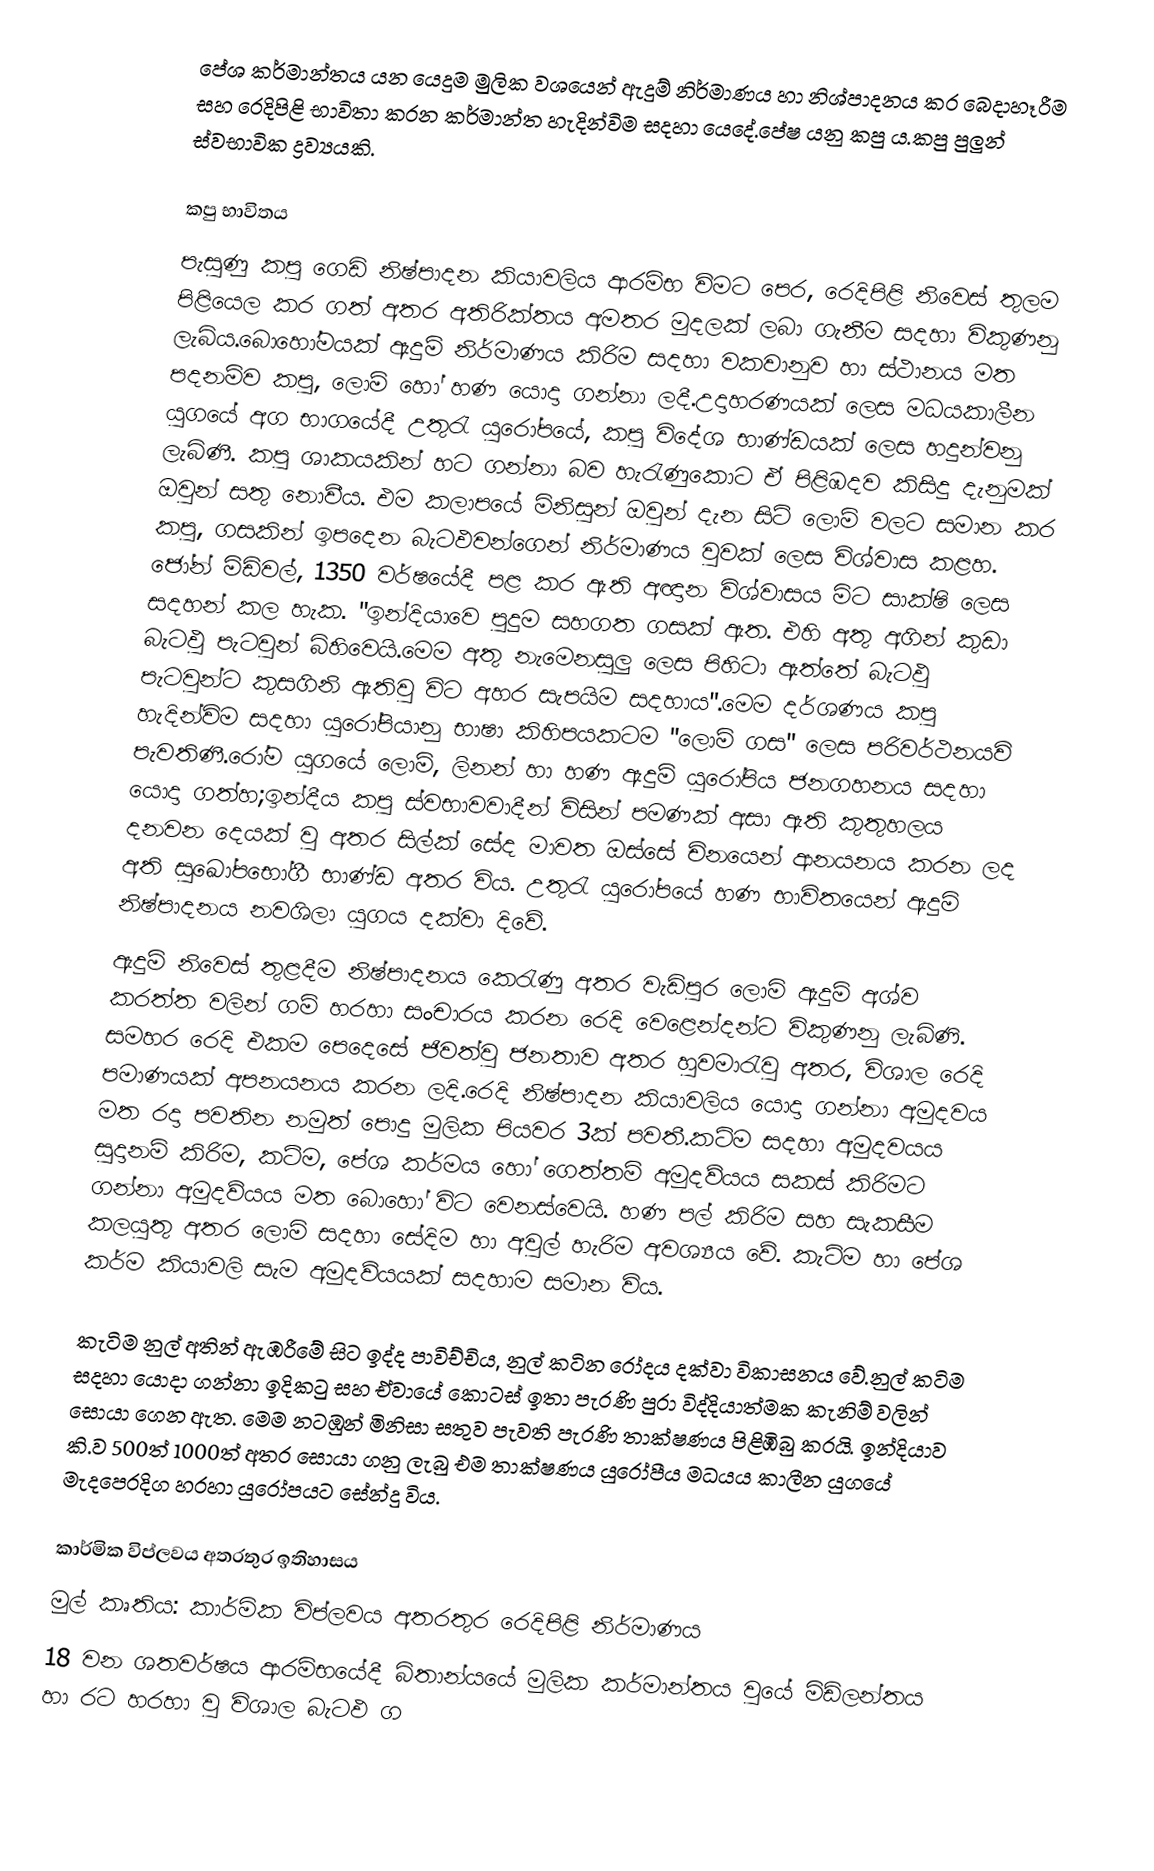
පේශ කර්මාන්තය යන යෙදුම මුලික වශයෙන් ඇදුම් නිර්මාණය හා නිශ්පාදනය කර බෙදාහෑරීම සහ රෙදිපිළි භාවිතා කරන කර්මාන්ත හැදින්විම සදහා යෙදේ.පේෂ යනු කපු ය.කපු පුලුන් ස්වභාවික ද්‍රව්‍යයකි.

කපු භාවිතය
පැසුණු කපු ගෙඩි නිෂ්පාදන කියාවලිය ආරම්භ විමට පෙර, රෙදිපිළි නිවෙස් තුලම පිළියෙල කර ගත් අතර අතිරික්තය අමතර මුදලක් ලබා ගැනීම සදහා විකුණනු ලැබිය.බොහෝමයක් ඇදුම් නිර්මාණය කිරිම සදහා වකවානුව හා ස්ථානය මත පදනම්ව කපු, ලොම් හෝ හණ යොදා ගන්නා ලදී.උදාහරණයක් ලෙස මධයකාලීන යුගයේ අග භාගයේදී උතුරැ යුරෝපයේ, කපු විදේශ භාණ්ඩයක් ලෙස හදුන්වනු ලැබිණී. කපු ශාකයකින් හට ගන්නා බව හැරැණුකොට ඒ පිළිඹදව කිසිදු දැනුමක් ඔවුන් සතු නොවීය. එම කලාපයේ මිනිසුන් ඔවුන් දැන සිටි ලොම් වලට සමාන කර කපු, ගසකින් ඉපදෙන බැටඵවන්ගෙන් නිර්මාණය වුවක් ලෙස විශ්වාස කළහ. ජෝන් මිඩිවල්, 1350 වර්ෂයේදී පළ කර ඇති අඥාන විශ්වාසය මිට සාක්ෂි ලෙස සදහන් කල හැක. "ඉන්දියාවෙ පුදුම සහගත ගසක් ඇත. එහි අතු අගින් කුඩා බැටඵු පැටවුන් බිහිවෙයි.මෙම අතු නැමෙනසුලු ලෙස පිහිටා ඇත්තේ බැටඵු පැටවුන්ට කුසගිනි ඇතිවු විට අහර සැපයිම සදහාය".මෙම දර්ශණය කපු හැදින්විම සදහා යුරෝපියානු භාෂා කිහිපයකටම "ලොම් ගස" ලෙස පරිවර්ථනයවි පැවතිණී.රෝම යුගයේ ලොම්, ලිනන් හා හණ ඇදුම් යුරෝපිය ජනගහනය සදහා යොදා ගත්හ;ඉන්දීය කපු ස්වභාවවාදීන් විසින් පමණක් අසා ඇති කුතුහලය දනවන දෙයක් වු අතර සිල්ක් සේද මාවත ඔස්සේ චිනයෙන් ආනයනය කරන ලද අති සුඛෝපභෝගී භාණ්ඩ අතර විය. උතුරැ යුරෝපයේ හණ භාවිතයෙන් ඇදුමි නිෂ්පාදනය නවශිලා යුගය දක්වා දිවේ.
ඇදුම් නිවෙස් තුළදීම නිෂ්පාදනය කෙරැණු අතර වැඩිපුර ලොමි ඇදුම් අශ්ව කරත්ත වලින් ගම් හරහා සංචාරය කරන රෙදි වෙළෙන්දන්ට විකුණනු ලැබිණි. සමහර රෙදි එකම පෙදෙසේ ජිවත්වු ජනතාව අතර හුවමාරැවු අතර, විශාල රෙදි පමාණයක් අපනයනය කරන ලදි.රෙදි නිෂ්පාදන කියාවලිය යොදා ගන්නා අමුදවය මත රදා පවතින නමුත් පොදු මුලික පියවර 3ක් පවතී.කටිම සදහා අමුදවයය සුදානම් කිරිම, කටිම, පේශ කර්මය හෝ ගෙත්තම් අමුදව්යය සකස් කිරිමට ගන්නා අමුදව්යය මත බොහෝ විට වෙනස්වෙයි. හණ පල් කිරිම සහ සැකසීම කලයුතු අතර ලොමි සදහා සේදිම හා අවුල් හැරිම අවශ්‍යය වේ. කැටිම හා පේශ කර්ම කියාවලි සැම අමුදව්යයක් සදහාම සමාන විය.

කැටිම නුල් අතින් ඇඹරීමේ සිට ඉද්ද පාවිච්චිය, නුල් කටින රෝදය දක්වා විකාසනය වේ.නුල් කටිම සදහා යොදා ගන්නා ඉදිකටු සහ ඒවායේ කොටස් ඉතා පැරණි පුරා විද්දියාත්මක කැනිම් වලින් සොයා ගෙන ඇත. මෙම නටඹුන් මිනිසා සතුව පැවති පැරණි තාක්ෂණය පිළිඹිබු කරයි. ඉන්දියාව කි.ව 500ත් 1000ත් අතර සොයා ගනු ලැබු එම තාක්ෂණය යුරෝපීය මධයය කාලීන යුගයේ මැදපෙරදිග හරහා යුරෝපයට සේන්දු විය.

කාර්මික විප්ලවය අතරතුර ඉතිහාසය
මුල් කෘතිය: කාර්මික විප්ලවය අතරතුර රෙදිපිළි නිර්මාණය
18 වන ශතවර්ෂය ආරම්භයේදී බිතාන්යයේ මුලික කර්මාන්තය වුයේ මිඩ්ලන්තය හා රට හරහා වු විශාල බැටඵ ග